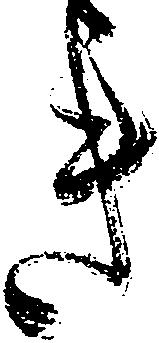
き